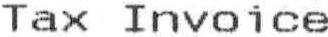
TAX INVOICE